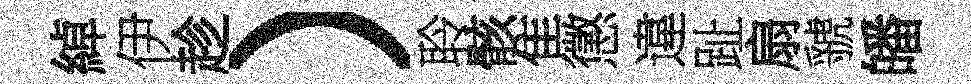
綽伊趁）聆骸隹懲違趾扇虢皤